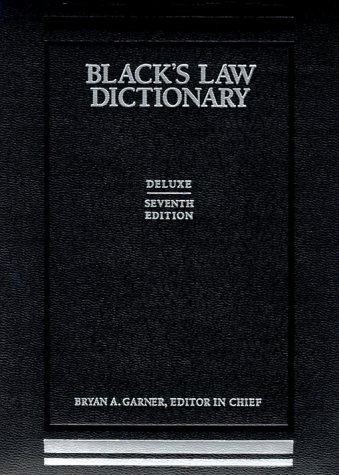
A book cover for Black's Law Dictionary, 7th Deluxe Edition; Law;